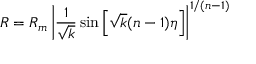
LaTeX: R = R _ { m } \left| \frac 1 { \sqrt { k } } \sin \left[ \sqrt { k } ( n - 1 ) \eta \right] \right| ^ { 1 / ( n - 1 ) }